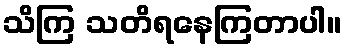
သိကြ သတိရနေကြတာပါ။